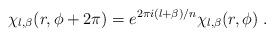
\begin{align*}\chi_{l,\beta}(r,\phi+2\pi)=e^{2\pi i (l+\beta)/n}\chi_{l,\beta}(r,\phi)\; .\end{align*}